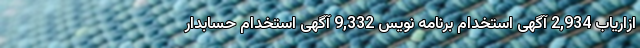
ازاریاب 2,934 آگهی استخدام برنامه نویس 9,332 آگهی استخدام حسابدار